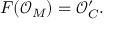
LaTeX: F ( { \mathcal { O } } _ { M } ) = { \mathcal { O } } _ { C } ^ { \prime } .